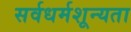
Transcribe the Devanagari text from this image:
सर्वधर्मशून्यता